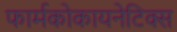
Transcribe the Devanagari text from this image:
फार्मकोकायनेटिक्स